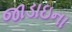
જાડાઇના